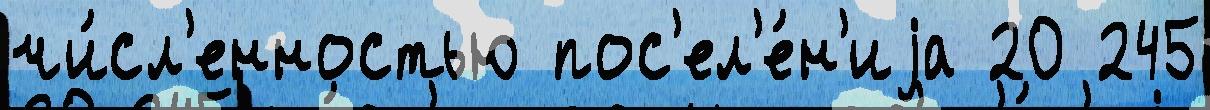
чи́сл'енностью пос'ел'е́н'иjа 20 245